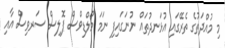
މި މުއްދަތުގެ ތެރޭގައި އުޅަނދުތައް ނުނަގައިފި ނަމަ މޯލްޑިވްސް ޕޮލިސް ސަރވިސް އާއި